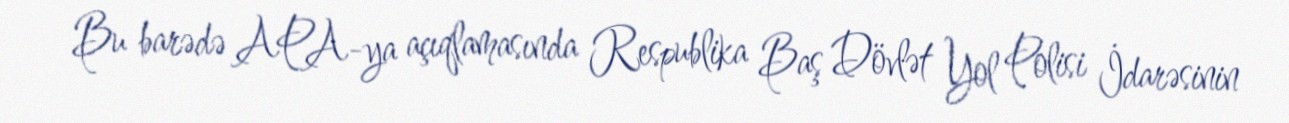
Bu barədə APA-ya açıqlamasında Respublika Baş Dövlət Yol Polisi İdarəsinin